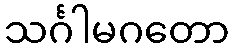
သင်္ဂါမဂတော